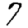
Digit: 7